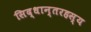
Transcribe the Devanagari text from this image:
सिद्धान्तरहस्य